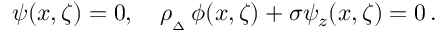
\psi ( x , \zeta ) = 0 , \quad \rho _ { { } _ { \Delta } } \, \phi ( x , \zeta ) + \sigma \psi _ { z } ( x , \zeta ) = 0 \, .